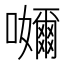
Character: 𭌮